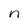
Character: n